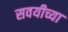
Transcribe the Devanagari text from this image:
सवयीच्या